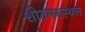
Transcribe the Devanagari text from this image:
शीतमरुस्थल